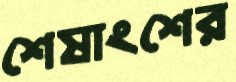
শেষাংশের